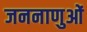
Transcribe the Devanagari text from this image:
जननाणुओं